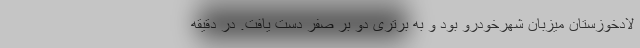
لادخوزستان میزبان شهرخودرو بود و به برتری دو بر صفر دست یافت. در دقیقه